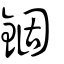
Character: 錮